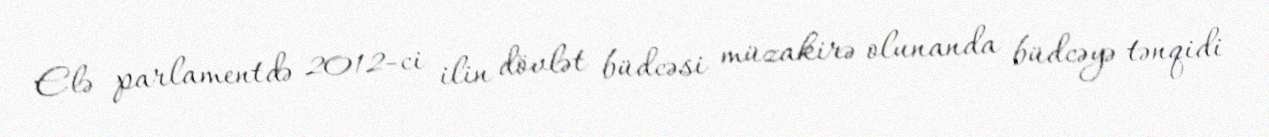
Elə parlamentdə 2012-ci ilin dövlət büdcəsi müzakirə olunanda büdcəyə tənqidi